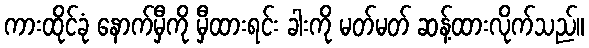
ကားထိုင်ခုံ နောက်မှီကို မှီထားရင်း ခါးကို မတ်မတ် ဆန့်ထားလိုက်သည်။